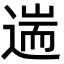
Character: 遄